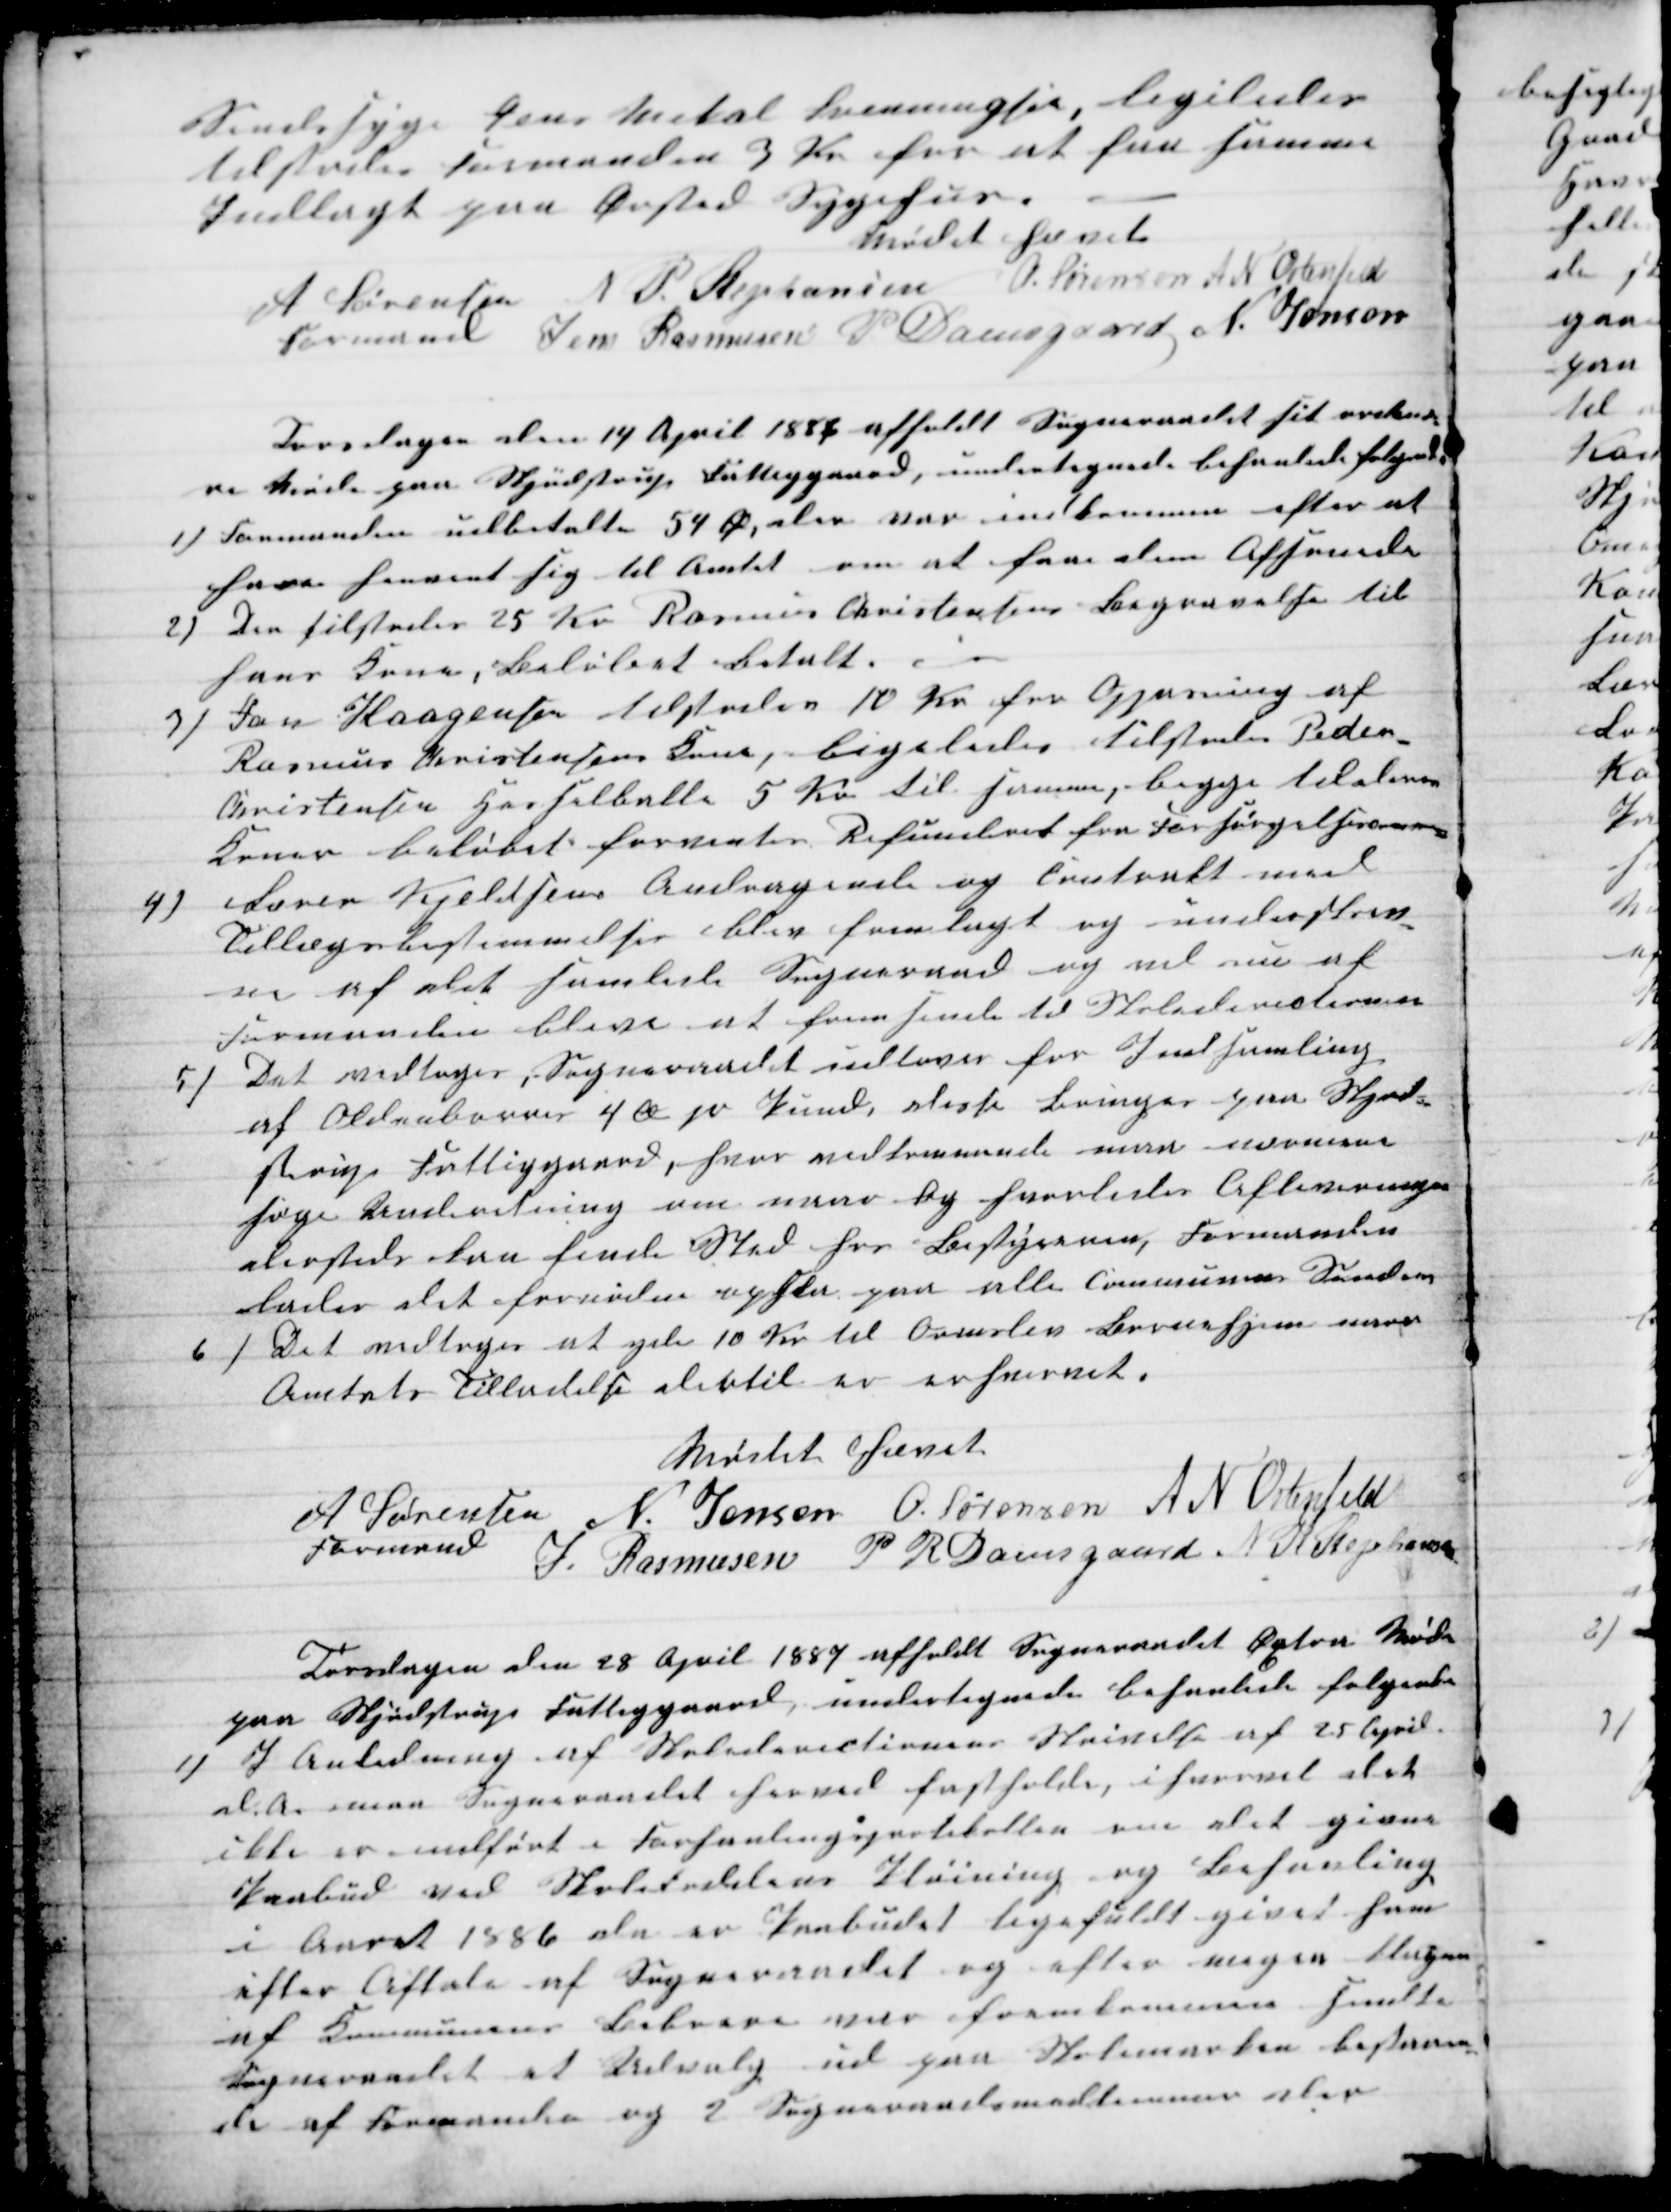
Transskription:
Sindssyge Jens Mikal Svenningsen, ligeledes
tilstodes Formanden 3 Kr for at faa samme
Indlagt paa Ørsted Sygehus.
Mødet hævet
A Sørensen 
Formand 
N P. Stephansen O. Sørensen A N Ostenfeld
Jens Rasmusen P. Damsgaard N. Jensen
Torsdagen den 14 April 1887 afholdt Sogneraadet sit ordinæ-
re Møde paa Skjødstrup Fattiggaard, undertegnede behanlede følgende
1) Formanden udbetalte 59 Ø, der var indkommen efter at
have henvent sig til Amtet om at faae dem Afsenede
2)
Der tilstodes 25 Kr Rasmus Christensens Begravelse til
hans Kone, Beløbet betalt.
3)
Jan Haagensen tilstodes 10 Kr for Oppasning af
Rasmus Christensens Søn, ligeledes tilstodes Peder
Christensen Hesselballe 5 Kr til samme, begge til deres
Koner beløbet forventes Refunderet fra Forsørgelsescommunen
4)
Lærer Kjeldsens Andragende og Contrakt med
Tillægsbestemmelser blev fremlagt og underskrev-
en af det samlede Sogneraad og vil nu af
Formanden blive at fremsende til Skoledirectionen
5)
Det vedtoges, Sogneraadet udlover for Indsamling
af Oldenborrer 4 Ø pr Pund, disse Bringes paa Skjød-
strup Fattiggaard, hvor vedkommende maa nærmere
søge Andodning om naar og hvorledes Aflivningen
dersteds kan finde Sted hos Bestyreren, Formanden
lader det forinden opslaa paa alle Communens Sander
6)
Det vedtoges at yde 10 Kr til Ormslev Børnehjem naar
Amtets Tilladelse dertil er erhvervet
Mødet hævet
A Sørensen 
Formand
N. Jensen O. Sørensen A N Ostenfeld
J. Rasmusen P R Damsgaard N P Stephansen
Torsdagen den 28 April 1887 afholdt Sogneraadet Æxtra Møde
paa Skjødstrup Fattiggaard, undertegnede behanlede følgende
1)
I Anledning af Skoledirectionens Skrivelse af 25 April
d. A. maa Sogneraadet herved fastholde, ihvorvel det
ikke er indført i Forhanlingsprotekollen om det givne
Paabud ved Skoleloddens Pløining og Behanling
i Aaret 1886 da er Paabudet ligefuldt givet som
efter Aftale af Sogneraadet og efter megen klagen
af Kommunens Beboere var fremkommen sendte
Sogneraadet et Udvalg ud paa Skolemarken bestaaen-
de af Formanden og 2 Sogneraadsmedlemmer der